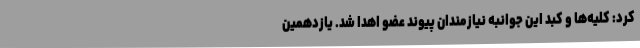
کرد: کلیه‌ها و کبد این جوانبه نیازمندان پیوند عضو اهدا شد. یازدهمین